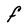
Character: F